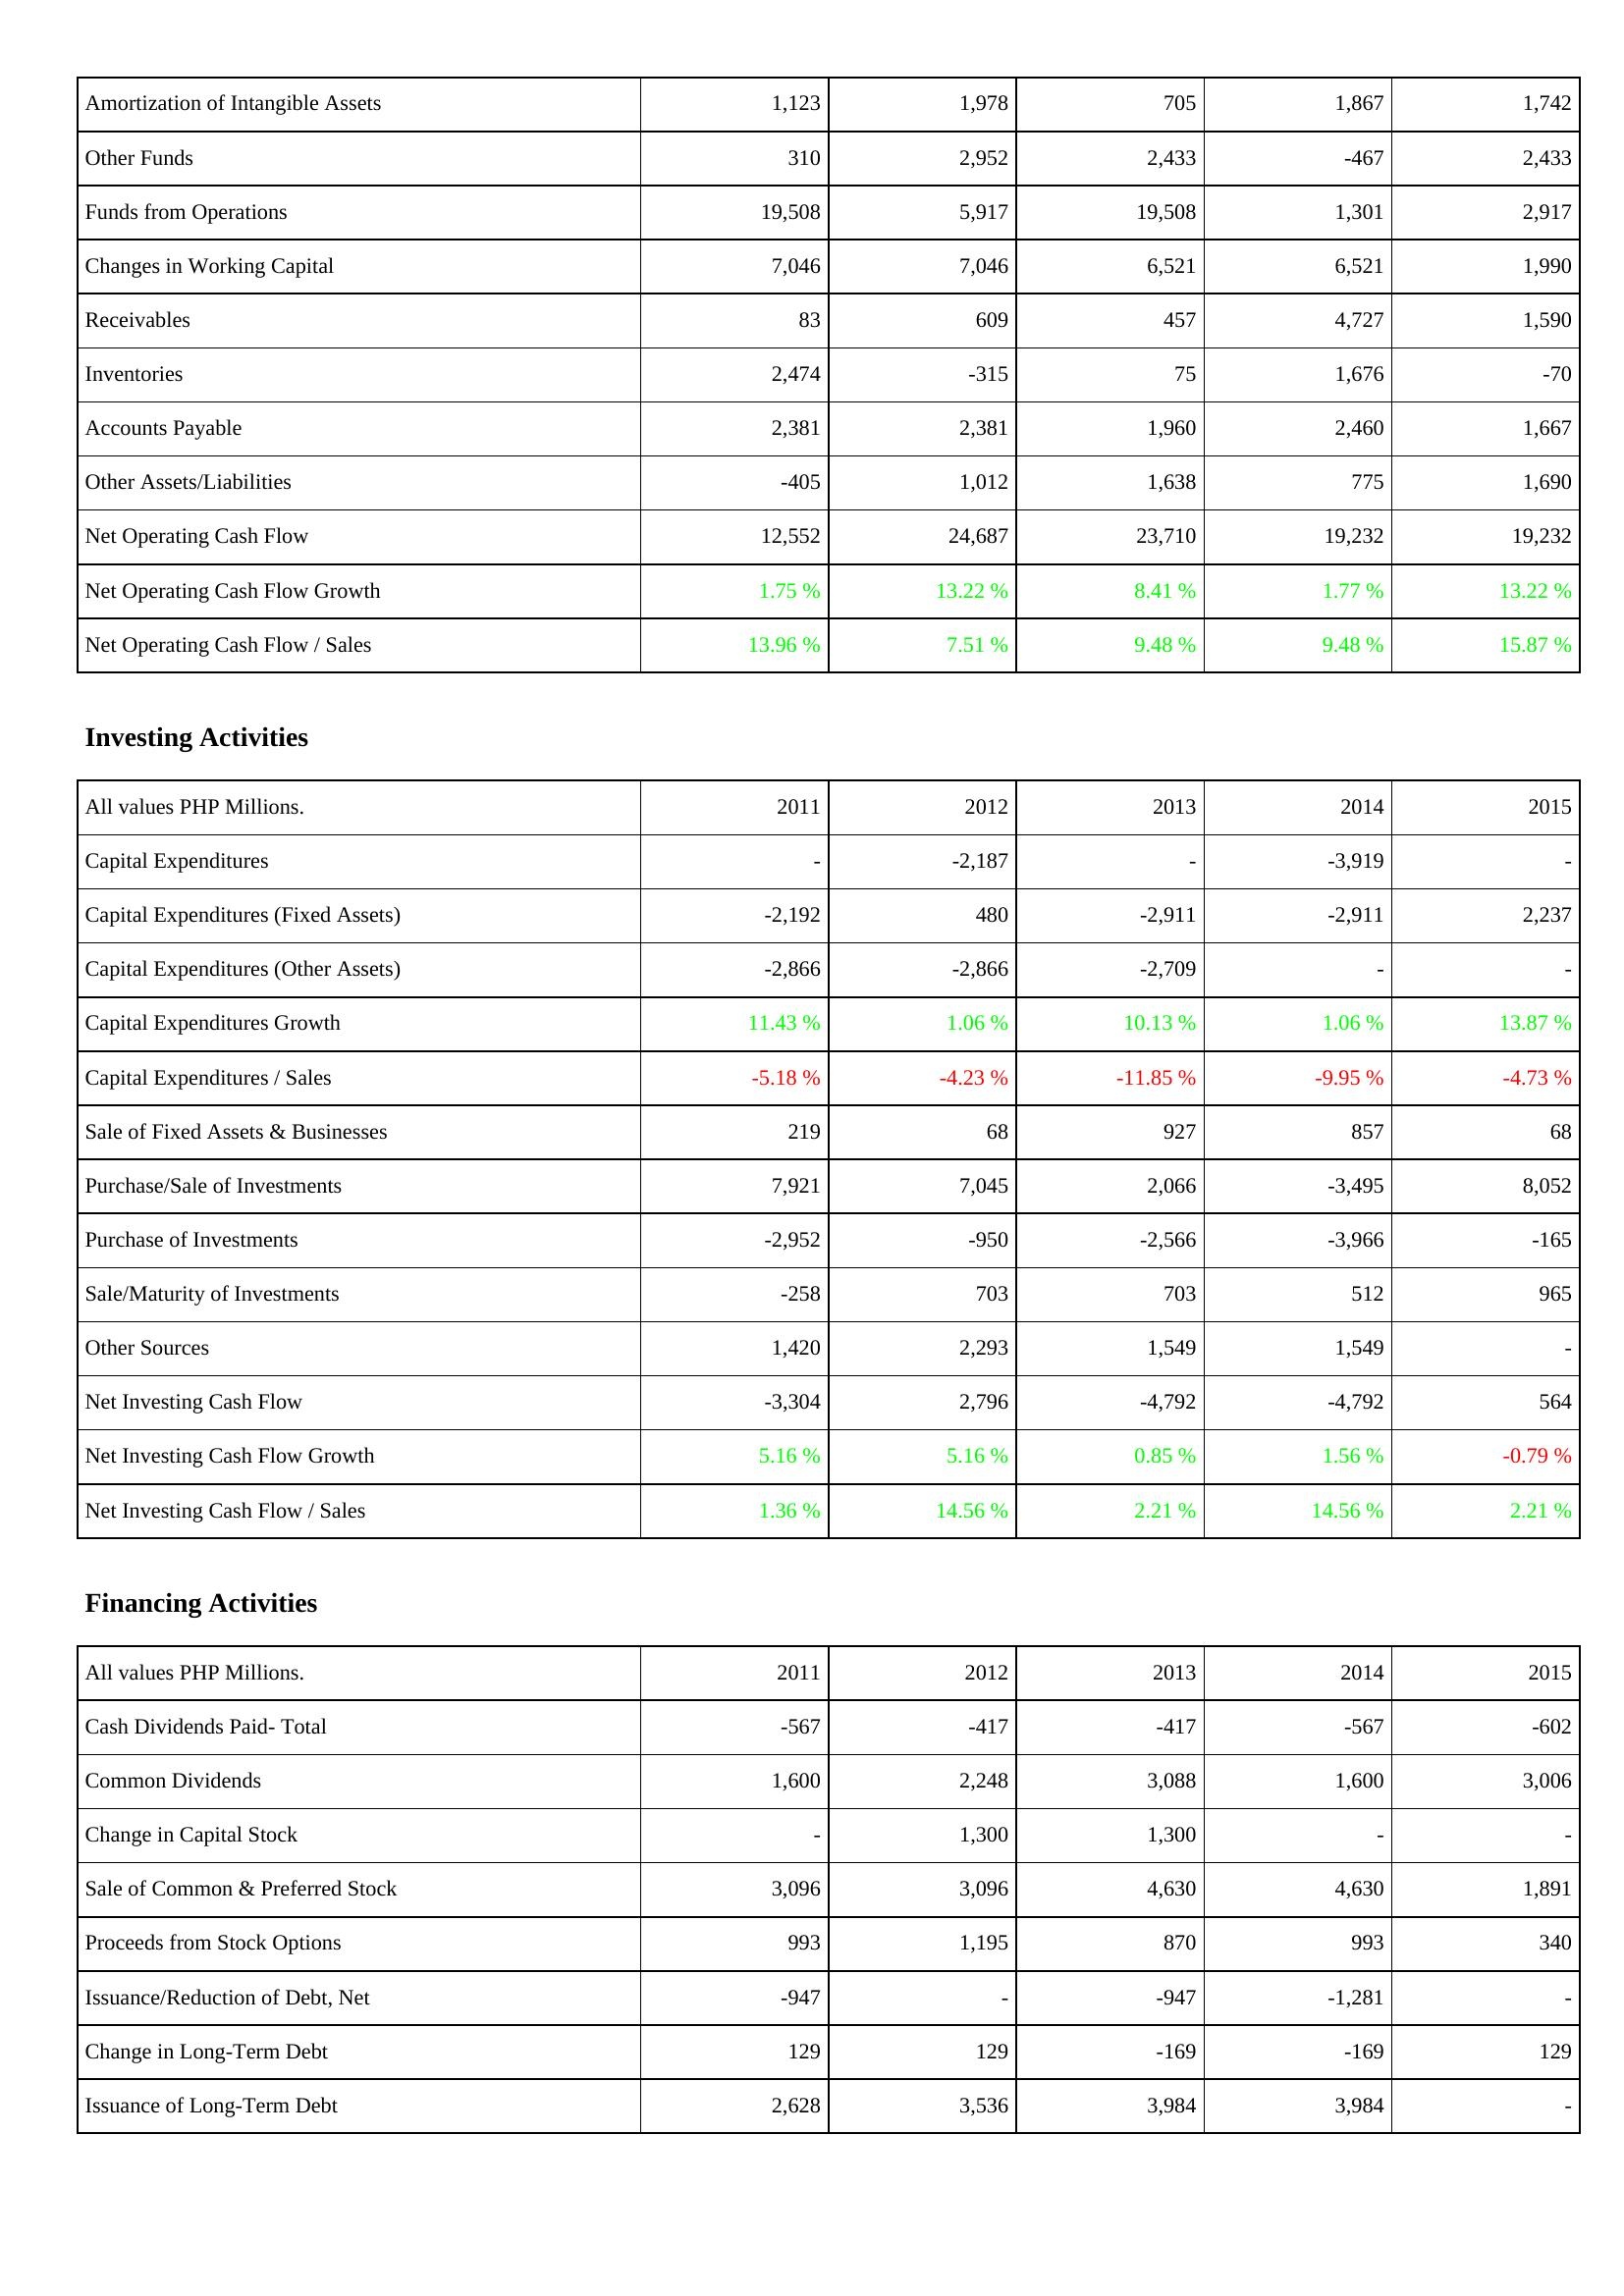
2011: Operating Activities: Amortization of Intangible Assets: 1,123
Other Funds: 310
Funds from Operations: 19,508
Changes in Working Capital: 7,046
Receivables: 83
Inventories: 2,474
Accounts Payable: 2,381
Other Assets/Liabilities: -405
Net Operating Cash Flow: 12,552
Net Operating Cash Flow Growth: 1.75 %
Net Operating Cash Flow / Sales: 13.96 %
Investing Activities: Capital Expenditures: -
Capital Expenditures (Fixed Assets): -2,192
Capital Expenditures (Other Assets): -2,866
Capital Expenditures Growth: 11.43 %
Capital Expenditures / Sales: -5.18 %
Sale of Fixed Assets & Businesses: 219
Purchase/Sale of Investments: 7,921
Purchase of Investments: -2,952
Sale/Maturity of Investments: -258
Other Sources: 1,420
Net Investing Cash Flow: -3,304
Net Investing Cash Flow Growth: 5.16 %
Net Investing Cash Flow / Sales: 1.36 %
Financing Activities: Cash Dividends Paid- Total: -567
Common Dividends: 1,600
Change in Capital Stock: -
Sale of Common & Preferred Stock: 3,096
Proceeds from Stock Options: 993
Issuance/Reduction of Debt, Net: -947
Change in Long-Term Debt: 129
Issuance of Long-Term Debt: 2,628
2012: Operating Activities: Amortization of Intangible Assets: 1,978
Other Funds: 2,952
Funds from Operations: 5,917
Changes in Working Capital: 7,046
Receivables: 609
Inventories: -315
Accounts Payable: 2,381
Other Assets/Liabilities: 1,012
Net Operating Cash Flow: 24,687
Net Operating Cash Flow Growth: 13.22 %
Net Operating Cash Flow / Sales: 7.51 %
Investing Activities: Capital Expenditures: -2,187
Capital Expenditures (Fixed Assets): 480
Capital Expenditures (Other Assets): -2,866
Capital Expenditures Growth: 1.06 %
Capital Expenditures / Sales: -4.23 %
Sale of Fixed Assets & Businesses: 68
Purchase/Sale of Investments: 7,045
Purchase of Investments: -950
Sale/Maturity of Investments: 703
Other Sources: 2,293
Net Investing Cash Flow: 2,796
Net Investing Cash Flow Growth: 5.16 %
Net Investing Cash Flow / Sales: 14.56 %
Financing Activities: Cash Dividends Paid- Total: -417
Common Dividends: 2,248
Change in Capital Stock: 1,300
Sale of Common & Preferred Stock: 3,096
Proceeds from Stock Options: 1,195
Issuance/Reduction of Debt, Net: -
Change in Long-Term Debt: 129
Issuance of Long-Term Debt: 3,536
2013: Operating Activities: Amortization of Intangible Assets: 705
Other Funds: 2,433
Funds from Operations: 19,508
Changes in Working Capital: 6,521
Receivables: 457
Inventories: 75
Accounts Payable: 1,960
Other Assets/Liabilities: 1,638
Net Operating Cash Flow: 23,710
Net Operating Cash Flow Growth: 8.41 %
Net Operating Cash Flow / Sales: 9.48 %
Investing Activities: Capital Expenditures: -
Capital Expenditures (Fixed Assets): -2,911
Capital Expenditures (Other Assets): -2,709
Capital Expenditures Growth: 10.13 %
Capital Expenditures / Sales: -11.85 %
Sale of Fixed Assets & Businesses: 927
Purchase/Sale of Investments: 2,066
Purchase of Investments: -2,566
Sale/Maturity of Investments: 703
Other Sources: 1,549
Net Investing Cash Flow: -4,792
Net Investing Cash Flow Growth: 0.85 %
Net Investing Cash Flow / Sales: 2.21 %
Financing Activities: Cash Dividends Paid- Total: -417
Common Dividends: 3,088
Change in Capital Stock: 1,300
Sale of Common & Preferred Stock: 4,630
Proceeds from Stock Options: 870
Issuance/Reduction of Debt, Net: -947
Change in Long-Term Debt: -169
Issuance of Long-Term Debt: 3,984
2014: Operating Activities: Amortization of Intangible Assets: 1,867
Other Funds: -467
Funds from Operations: 1,301
Changes in Working Capital: 6,521
Receivables: 4,727
Inventories: 1,676
Accounts Payable: 2,460
Other Assets/Liabilities: 775
Net Operating Cash Flow: 19,232
Net Operating Cash Flow Growth: 1.77 %
Net Operating Cash Flow / Sales: 9.48 %
Investing Activities: Capital Expenditures: -3,919
Capital Expenditures (Fixed Assets): -2,911
Capital Expenditures (Other Assets): -
Capital Expenditures Growth: 1.06 %
Capital Expenditures / Sales: -9.95 %
Sale of Fixed Assets & Businesses: 857
Purchase/Sale of Investments: -3,495
Purchase of Investments: -3,966
Sale/Maturity of Investments: 512
Other Sources: 1,549
Net Investing Cash Flow: -4,792
Net Investing Cash Flow Growth: 1.56 %
Net Investing Cash Flow / Sales: 14.56 %
Financing Activities: Cash Dividends Paid- Total: -567
Common Dividends: 1,600
Change in Capital Stock: -
Sale of Common & Preferred Stock: 4,630
Proceeds from Stock Options: 993
Issuance/Reduction of Debt, Net: -1,281
Change in Long-Term Debt: -169
Issuance of Long-Term Debt: 3,984
2015: Operating Activities: Amortization of Intangible Assets: 1,742
Other Funds: 2,433
Funds from Operations: 2,917
Changes in Working Capital: 1,990
Receivables: 1,590
Inventories: -70
Accounts Payable: 1,667
Other Assets/Liabilities: 1,690
Net Operating Cash Flow: 19,232
Net Operating Cash Flow Growth: 13.22 %
Net Operating Cash Flow / Sales: 15.87 %
Investing Activities: Capital Expenditures: -
Capital Expenditures (Fixed Assets): 2,237
Capital Expenditures (Other Assets): -
Capital Expenditures Growth: 13.87 %
Capital Expenditures / Sales: -4.73 %
Sale of Fixed Assets & Businesses: 68
Purchase/Sale of Investments: 8,052
Purchase of Investments: -165
Sale/Maturity of Investments: 965
Other Sources: -
Net Investing Cash Flow: 564
Net Investing Cash Flow Growth: -0.79 %
Net Investing Cash Flow / Sales: 2.21 %
Financing Activities: Cash Dividends Paid- Total: -602
Common Dividends: 3,006
Change in Capital Stock: -
Sale of Common & Preferred Stock: 1,891
Proceeds from Stock Options: 340
Issuance/Reduction of Debt, Net: -
Change in Long-Term Debt: 129
Issuance of Long-Term Debt: -